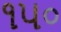
૧૫૦